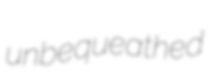
unbequeathed